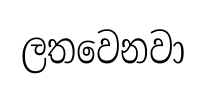
ලතවෙනවා